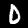
Digit: 0